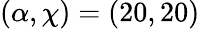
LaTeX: (\alpha,\chi)=(20,20)